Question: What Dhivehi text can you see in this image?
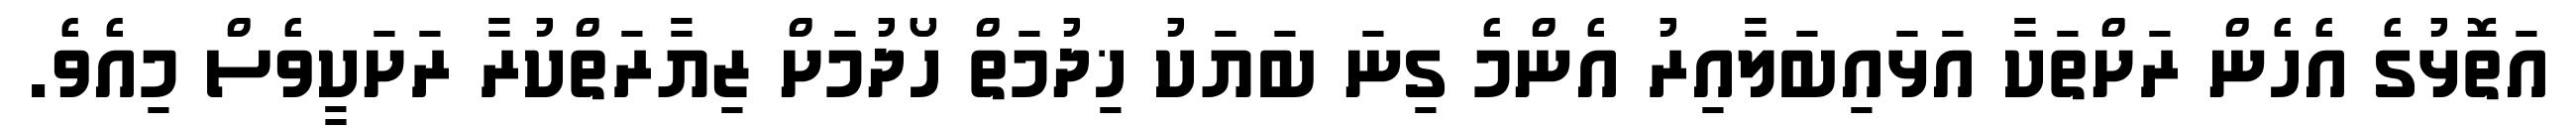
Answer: އަތޮޅުގެ އެހެން ރަށްތަކާ އަޅައިބަލާއިރު އެންމެ ގިނަ ބަޔަކު ޚިދުމަތް ހޯދުމަށް ޒިޔާރަތްކުރާ ރަށަކީވެސް މިއެވެ.